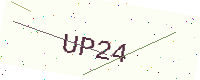
Text: UP24